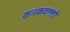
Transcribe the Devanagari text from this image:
कनकवल्ली